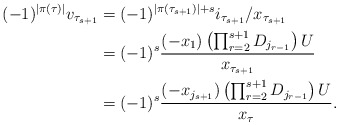
\begin{align*}(-1)^{|\pi(\tau)|}v_{\tau_{s+1}}&=(-1)^{|\pi(\tau_{s+1})|+s}i_{\tau_{s+1}}/x_{\tau_{s+1}}\\&=(-1)^{s} \frac{(-x_1)\left(\prod_{r=2}^{s+1} D_{j_{r-1}}\right) U}{x_{\tau_{s+1}}}\\&=(-1)^{s} \frac{(-x_{j_{s+1}})\left(\prod_{r=2}^{s+1} D_{j_{r-1}}\right) U}{x_\tau}. \end{align*}